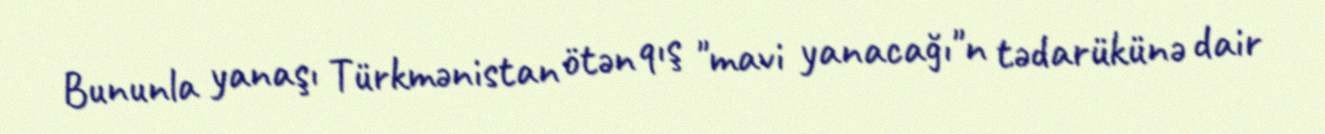
Bununla yanaşı Türkmənistan ötən qış "mavi yanacağı"n tədarükünə dair